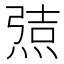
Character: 𰟆